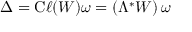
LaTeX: \Delta = \mathrm { C } \ell ( W ) \omega = \left( \Lambda ^ { * } W \right) \omega